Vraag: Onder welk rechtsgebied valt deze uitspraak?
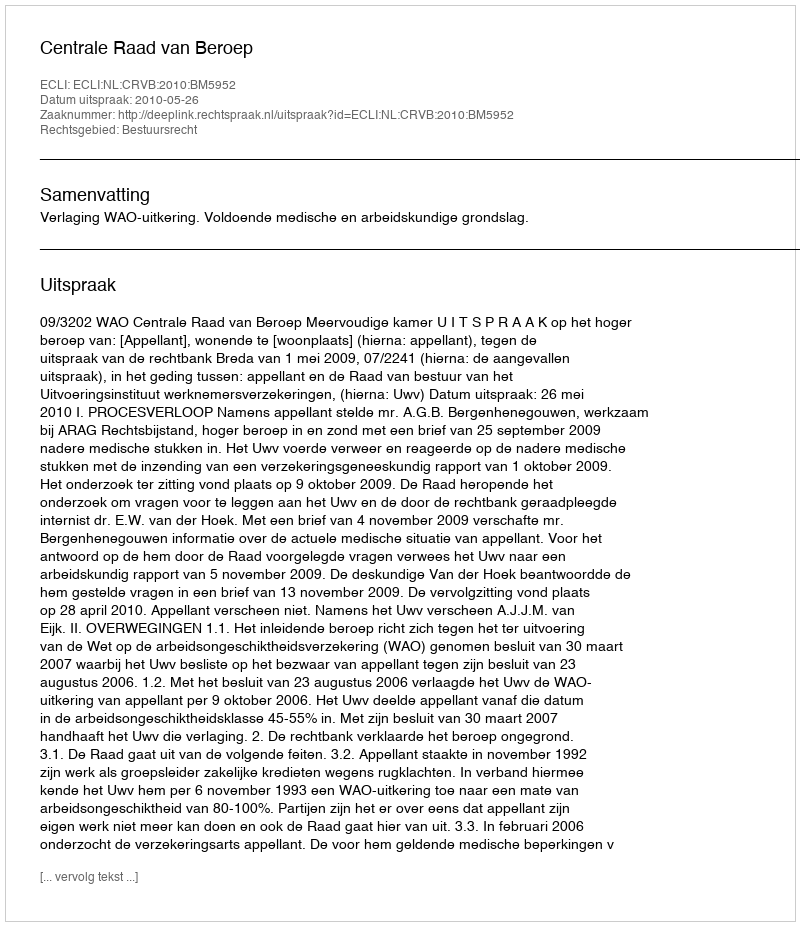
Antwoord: Bestuursrecht